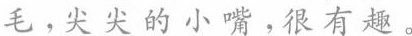
毛，尖尖的小嘴，很有趣。